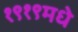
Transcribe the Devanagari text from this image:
१९१९मधे